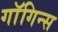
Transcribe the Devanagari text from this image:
गाॅगिन्स